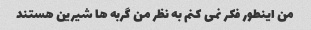
من اینطور فکر نمی کنم به نظر من گربه ها شیرین هستند